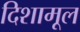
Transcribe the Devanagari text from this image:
दिशामूल